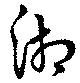
湘